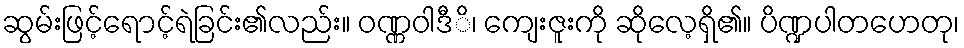
ဆွမ်းဖြင့်ရောင့်ရဲခြင်း၏လည်း။ ဝဏ္ဏဝါဒီိ၊ ကျေးဇူးကို ဆိုလေ့ရှိ၏။ ပိဏ္ဍပါတဟေတု၊